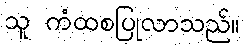
သူ ကံထစပြုလာသည်။